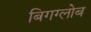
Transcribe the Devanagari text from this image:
बिगग्लोब